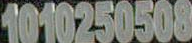
1010250508